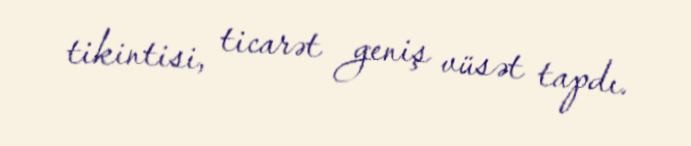
tikintisi, ticarət geniş vüsət tapdı.